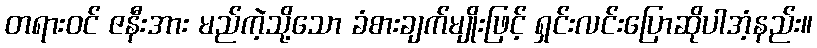
တရားဝင် ဇနီးအား မည်ကဲ့သို့သော ခံစားချက်မျိုးဖြင့် ရှင်းလင်းပြောဆိုပါအံ့နည်း။